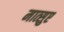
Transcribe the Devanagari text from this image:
मात्सुए